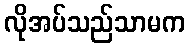
လိုအပ်သည်သာမက